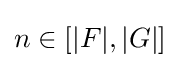
n\in [|F|,|G|]